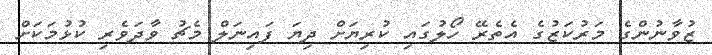
ޒުވާނުންގެ މަރުކަޒުގެ އެތެރޭ ހޯލުގައި ކުރިޔަށް ދިޔަ ފައިނަލް މެޗު ވާދަވެރި ކުޅުމަކަށް